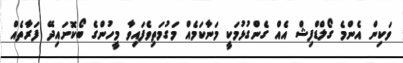
ވަކިން އެންމެ ގޯލްޑްފިޝް އެއް ގެންގުޅުމަކީ މަނާކަމެއް މަގުމަތިވެފައިވާ މީހުންގެ ބޯކޮށައިދޭ ފަރާތެއް